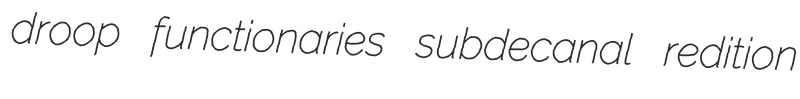
droop functionaries subdecanal redition